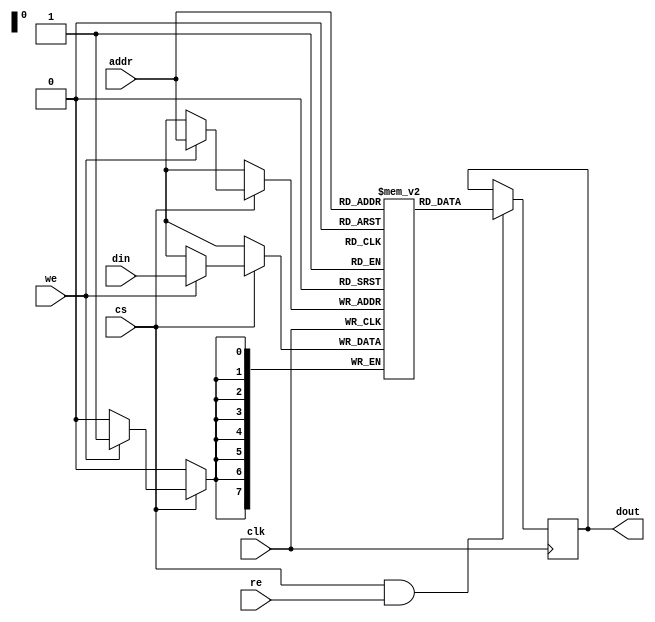
module sram #(
    parameter DATA_WIDTH = 8,  // Number of bits per word
    parameter ADDR_WIDTH = 8    // Number of address bits (for depth)
)(
    input wire clk,              // Clock signal
    input wire cs,               // Chip Select
    input wire we,               // Write Enable
    input wire re,               // Read Enable
    input wire [ADDR_WIDTH-1:0] addr, // Address input
    input wire [DATA_WIDTH-1:0] din,  // Data input
    output reg [DATA_WIDTH-1:0] dout   // Data output
);

    // Memory array declaration
    reg [DATA_WIDTH-1:0] memory [(2**ADDR_WIDTH)-1:0];

    // Read and Write operations
    always @(posedge clk) begin
        if (cs) begin
            if (we) begin
                // Write operation
                memory[addr] <= din;
            end
        end
    end

    always @(negedge clk) begin
        if (cs && re) begin
            // Read operation
            dout <= memory[addr];
        end
    end

    // Optional: Power management and low-power modes can be implemented here

    // Optional: Built-in self-test (BIST) capabilities can be implemented here

endmodule